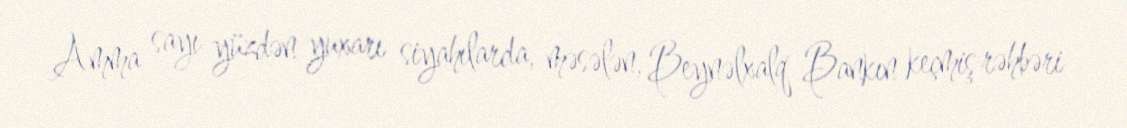
Amma sayı yüzdən yuxarı siyahılarda, məsələn, Beynəlxalq Bankın keçmiş rəhbəri